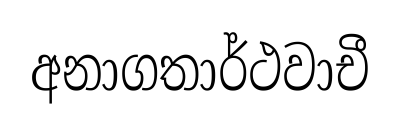
අනාගතාර්ථවාචී